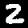
Label: 2